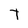
Character: T